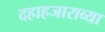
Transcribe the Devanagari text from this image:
दहाहजाराव्या